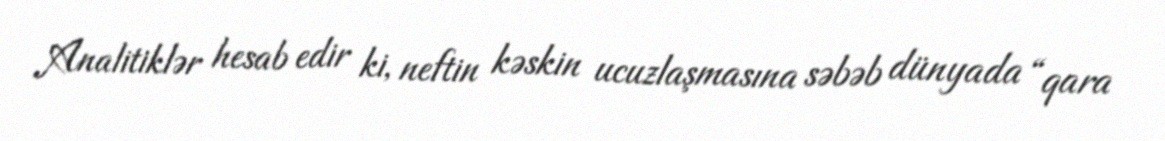
Analitiklər hesab edir ki, neftin kəskin ucuzlaşmasına səbəb dünyada “qara